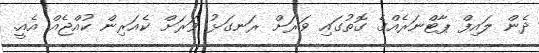
ދެން ލައިފް ޕާޓްނަރެއްގެ ގޮތުގައި ވަރަށް ރަނގަޅު ވަރަށް ކެއަރިން ކުއްޖެއް އެއީ.